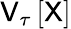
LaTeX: \mathsf{V}_{\tau}\left[\mathsf{X}\right]